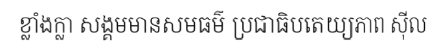
ខ្លាំងក្លា សង្គមមានសមធម៌ ប្រជាធិបតេយ្យភាព ស៊ីល